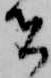
者